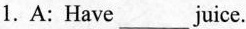
1. A:Have___ juice.